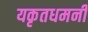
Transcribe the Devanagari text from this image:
यकृतधमनी